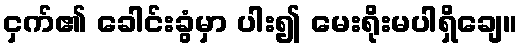
ငှက်၏ ခေါင်းခွံမှာ ပါး၍ မေးရိုးမပါရှိချေ။